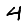
Digit: 4